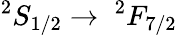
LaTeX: ^{2}S_{1/2}\to\; ^{2}F_{7/2}